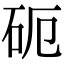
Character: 砈